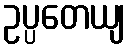
ဥပ္ပတေယျ